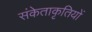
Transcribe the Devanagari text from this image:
संकेताकृतियों